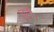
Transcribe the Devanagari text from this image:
चूती।